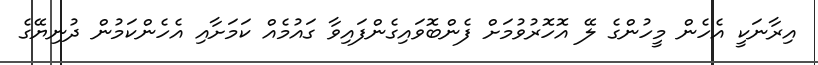
އިރާނަކީ އެހެން މީހުންގެ ލޭ އޮހޮރުވުމަށް ފެންބޮވައިގެންފައިވާ ގައުމެއް ކަމަށާއި އެހެންކަމުން ދުނިޔޭގެ